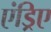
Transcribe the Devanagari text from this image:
एंड्रिए